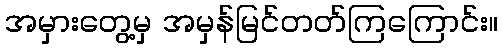
အမှားတွေ့မှ အမှန်မြင်တတ်ကြကြောင်း။